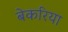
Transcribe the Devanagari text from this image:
बेकरिया